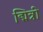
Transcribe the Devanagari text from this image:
द्मित्री